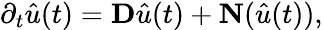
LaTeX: \partial_{t}\hat{u}(t)=\mathbf{D}\hat{u}(t)+\mathbf{N}(\hat{u}(t)),